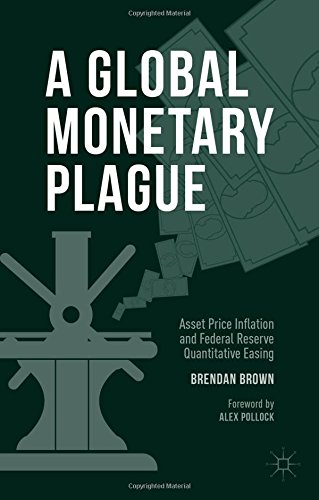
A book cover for A Global Monetary Plague: Asset Price Inflation and Federal Reserve Quantitative Easing; Brendan Brown; Business & Money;